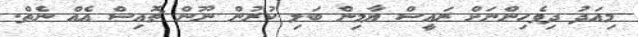
މިއަދު ދިވެހިންނަށް ރައީސް ޔާމިން ބަލި ކުރުން ނޫން ޗޮއިސް އެއް ނެތް.